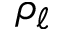
\rho _ { \ell }